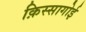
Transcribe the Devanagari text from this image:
क़िस्सागोई